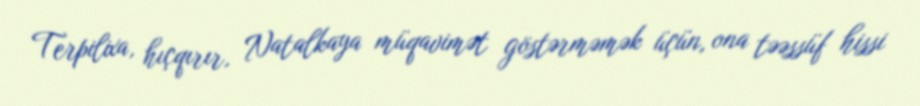
Terpilixa, hıçqırır, Natalkaya müqavimət göstərməmək üçün, ona təəssüf hissi